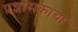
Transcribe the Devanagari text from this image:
प्रशासकाचा